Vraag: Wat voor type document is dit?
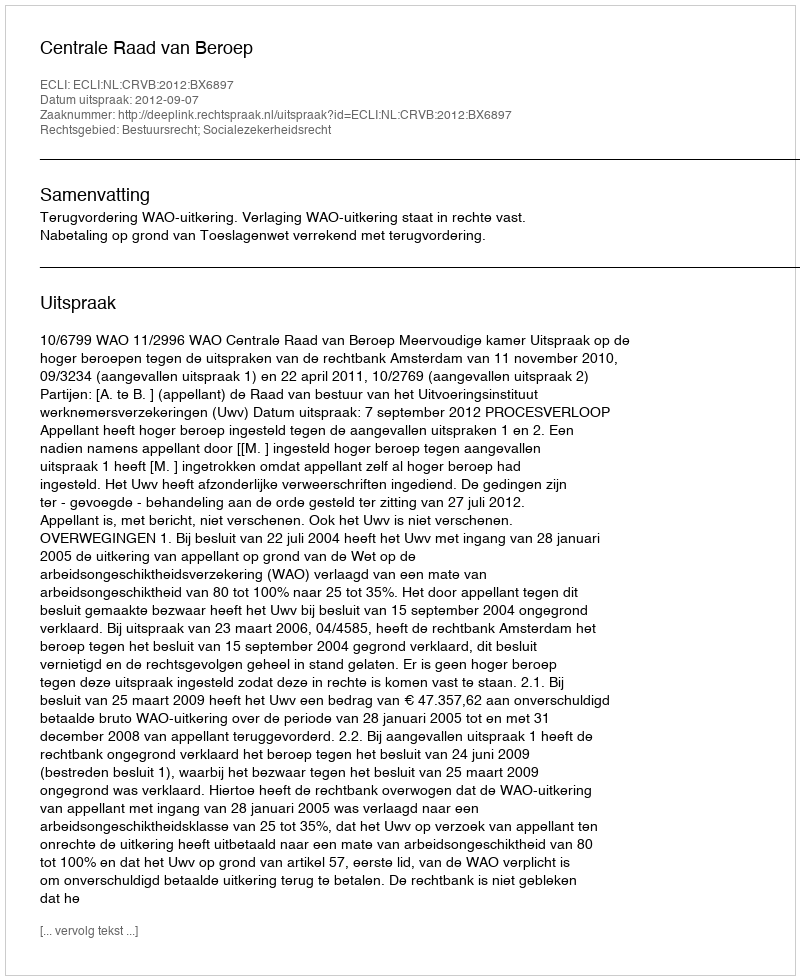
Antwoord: Uitspraak